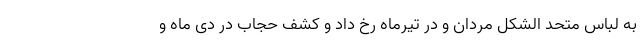
به لباس متحد الشکل مردان و در تیرماه رخ داد و کشف حجاب در دی ماه و